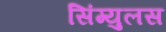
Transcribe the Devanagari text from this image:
सिंग्युलस